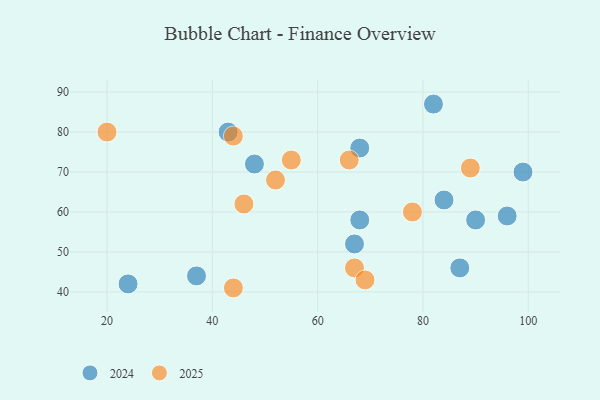
{"axis": {"x": "GDP", "y": "Life Expectancy"}, "legend": ["2024", "2025"], "data": [{"x": "48", "y": 72, "type": "2024"}, {"x": "99", "y": 70, "type": "2024"}, {"x": "68", "y": 76, "type": "2024"}, {"x": "68", "y": 58, "type": "2024"}, {"x": "67", "y": 52, "type": "2024"}, {"x": "82", "y": 87, "type": "2024"}, {"x": "37", "y": 44, "type": "2024"}, {"x": "84", "y": 63, "type": "2024"}, {"x": "24", "y": 42, "type": "2024"}, {"x": "43", "y": 80, "type": "2024"}, {"x": "96", "y": 59, "type": "2024"}, {"x": "90", "y": 58, "type": "2024"}, {"x": "87", "y": 46, "type": "2024"}, {"x": "78", "y": 60, "type": "2025"}, {"x": "67", "y": 46, "type": "2025"}, {"x": "46", "y": 62, "type": "2025"}, {"x": "44", "y": 41, "type": "2025"}, {"x": "69", "y": 43, "type": "2025"}, {"x": "44", "y": 79, "type": "2025"}, {"x": "20", "y": 80, "type": "2025"}, {"x": "66", "y": 73, "type": "2025"}, {"x": "55", "y": 73, "type": "2025"}, {"x": "89", "y": 71, "type": "2025"}, {"x": "52", "y": 68, "type": "2025"}]}